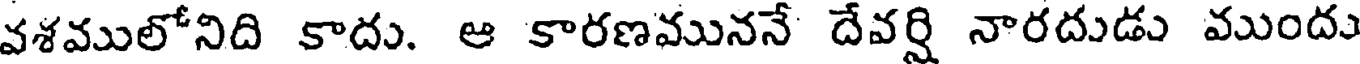
వశములోనిది కాదు. ఆ కారణముననే దేవర్షి నారదుడు ముందు